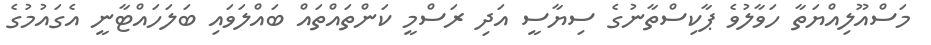
މަސްއޫލިއްޔަތާ ހަވާލުވެ ޕާކިސްތާނުގެ ސިޔާސީ އަދި ރަސްމީ ކަންތައްތައް ބައްލަވައި ބަލަހައްޓާނީ އެގައުމުގެ